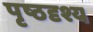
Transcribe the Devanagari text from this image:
पृष्ठदृश्य